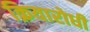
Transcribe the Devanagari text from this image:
क्रियारोधी